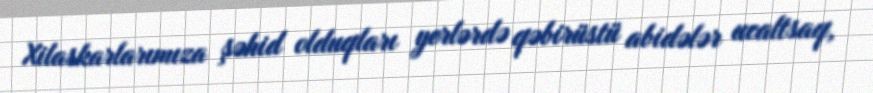
Xilaskarlarımıza şəhid olduqları yerlərdə qəbirüstü abidələr ucaltsaq,